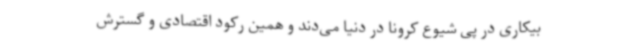
بیکاری در پی شیوع کرونا در دنیا می‌دند و همین رکود اقتصادی و گسترش